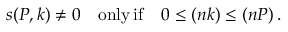
s ( P , k ) \neq 0 \quad \mathrm { o n l y \, i f } \quad 0 \leq ( n k ) \leq ( n P ) \, .